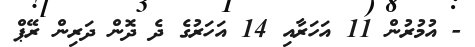
- އުމުރުން 11 އަހަރާއި 14 އަހަރުގެ ދެ ދޮން ދަރިން ރޭޕް